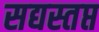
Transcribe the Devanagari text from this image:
सद्यस्तप्त